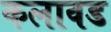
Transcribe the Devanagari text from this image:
कलावड